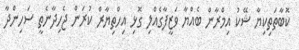
ކޮބާތަތިކިޔާ ޝޭކު އިމްރާން ބެއްޔާ ވަޒީފާގެއްލި ގޮޅި އިހްތިޔާރް ކުރަން ޖެހިދާނެތީ ސަހިންދާ